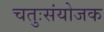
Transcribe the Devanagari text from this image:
चतुःसंयोजक